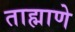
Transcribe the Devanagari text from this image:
ताह्माणे